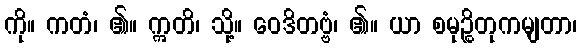
ကို။ ကတံ၊ ၏။ ဣတိ၊ သို့။ ဝေဒိတဗ္ဗံ၊ ၏။ ယာ စမုဉ္စိတုကမျတာ၊